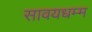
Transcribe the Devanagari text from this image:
सावयधम्म